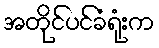
အတိုင်ပင်ခံရုံးက